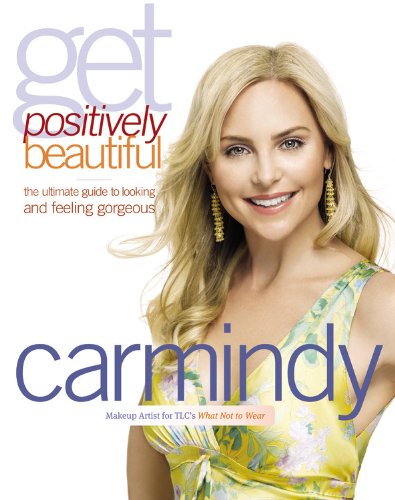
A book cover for Get Positively Beautiful: The Ultimate Guide to Looking and Feeling Gorgeous; Carmindy; Health, Fitness & Dieting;